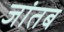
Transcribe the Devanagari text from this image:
जांतब